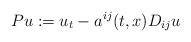
LaTeX: \begin{align*}Pu:=u_t-a^{ij}(t,x) D_{ij}u\end{align*}